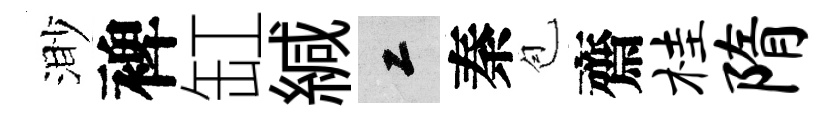
渺裨缸緘工秦苞齋桂隋